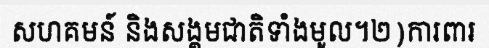
សហគមន៍ និងសង្គមជាតិទាំងមូល។២)ការពារ